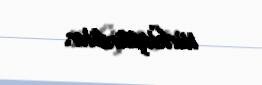
türkləşdirdilər.